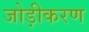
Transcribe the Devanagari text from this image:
जोड़ीकरण